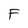
Character: F